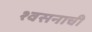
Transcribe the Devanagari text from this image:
श्वसनाची